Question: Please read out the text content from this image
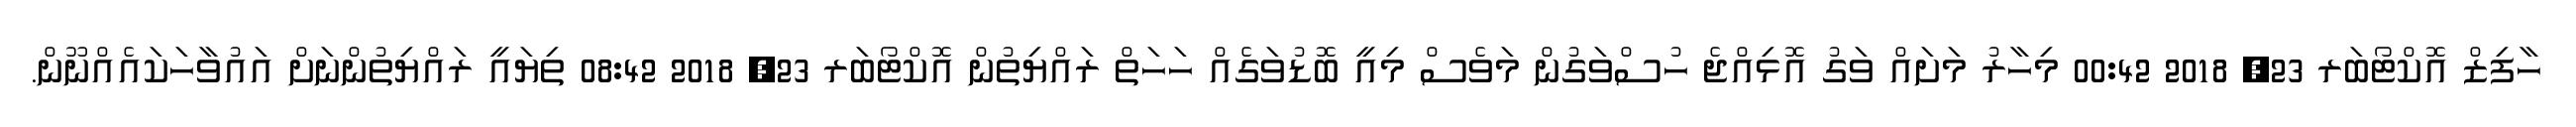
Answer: ހާފިޒް އޮކްޓޯބަރ 23, 2018 00:42 މިހާރު މަށައް ވަގު އޮޅިއްޖެ ހުސްވަގުން މަވެސް މިއީ ބޮޑުވަގެއް ހަހަތް ރައްޔިތުން އޮކްޓޯބަރ 23, 2018 08:42 ތިޔައީ ރައްޔިތުންނަށް އައުވާހަކައެއްނޫން.